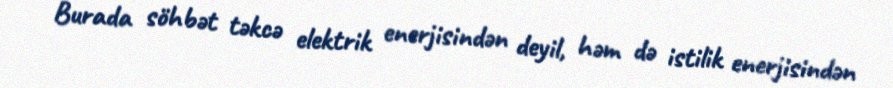
Burada söhbət təkcə elektrik enerjisindən deyil, həm də istilik enerjisindən